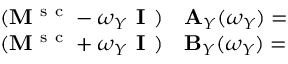
\begin{array} { r } { \begin{array} { c c } { ( \mathbf { M ^ { \mathrm { ~ s ~ c ~ } } } - \omega _ { Y } \textbf { I } ) } \\ { ( \mathbf { M ^ { \mathrm { ~ s ~ c ~ } } } + \omega _ { Y } \textbf { I } ) } \end{array} \begin{array} { l } { \mathbf { A } _ { Y } ( \omega _ { Y } ) = } \\ { \mathbf { B } _ { Y } ( \omega _ { Y } ) = } \end{array} \begin{array} { l } { \begin{array} { r l } \end{array} } \end{array} } \end{array}